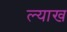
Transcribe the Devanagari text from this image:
ल्याख